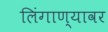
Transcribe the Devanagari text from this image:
लिंगाण्यावर